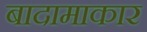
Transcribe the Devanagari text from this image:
बादामाकार